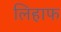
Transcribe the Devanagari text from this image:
लिहाफ